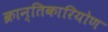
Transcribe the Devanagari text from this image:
क्रान्तिकारियोण